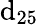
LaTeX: \mathrm{d_{25}}